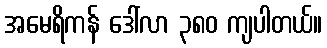
အမေရိကန် ဒေါ်လာ ၃၈၀ ကျပါတယ်။